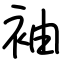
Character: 袖